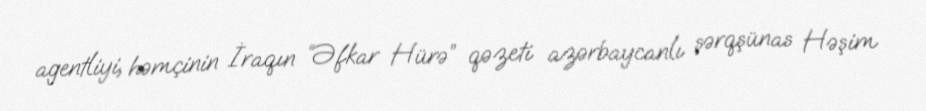
agentliyi, həmçinin İraqın “Əfkar Hürə” qəzeti azərbaycanlı şərqşünas Həşim